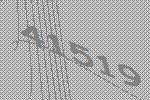
41519